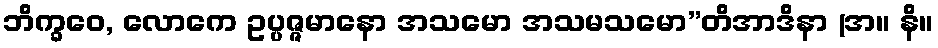
ဘိက္ခဝေ, လောကေ ဥပ္ပဇ္ဇမာနော အသမော အသမသမော”တိအာဒိနာ (အ။ နိ။